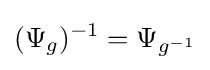
(\Psi _{g})^{-1}=\Psi _{g^{-1}}